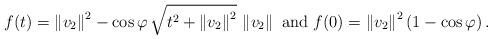
LaTeX: \begin{align*}f(t)=\left\Vert v_{2}\right\Vert ^{2}-\cos\varphi\,\sqrt{t^{2}+\left\Vert v_{2}\right\Vert ^{2}}\,\left\Vert v_{2}\right\Vert \mbox{ and } f(0)=\left\Vert v_{2}\right\Vert ^{2}\left(1-\cos\varphi\right)\mbox{.}\end{align*}